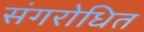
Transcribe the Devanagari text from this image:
संगरोधित